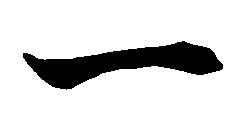
一